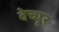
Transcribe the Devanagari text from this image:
वेच्चूर